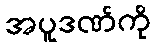
အပူဒဏ်ကို